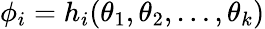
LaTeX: \phi_{i}=h_{i}(\theta_{1},\theta_{2},\ldots,\theta_{k})